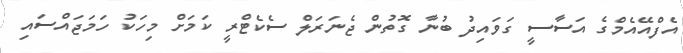
އެފްއޭއެމްގެ އަސާސީ ގަވައިދު ބުނާ ގޮތުން ޖެނަރަލް ސެކެޓްރީ ކަމަށް މިހަކު ހަމަޖައްސައި